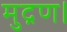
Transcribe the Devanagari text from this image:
मुद्रण।